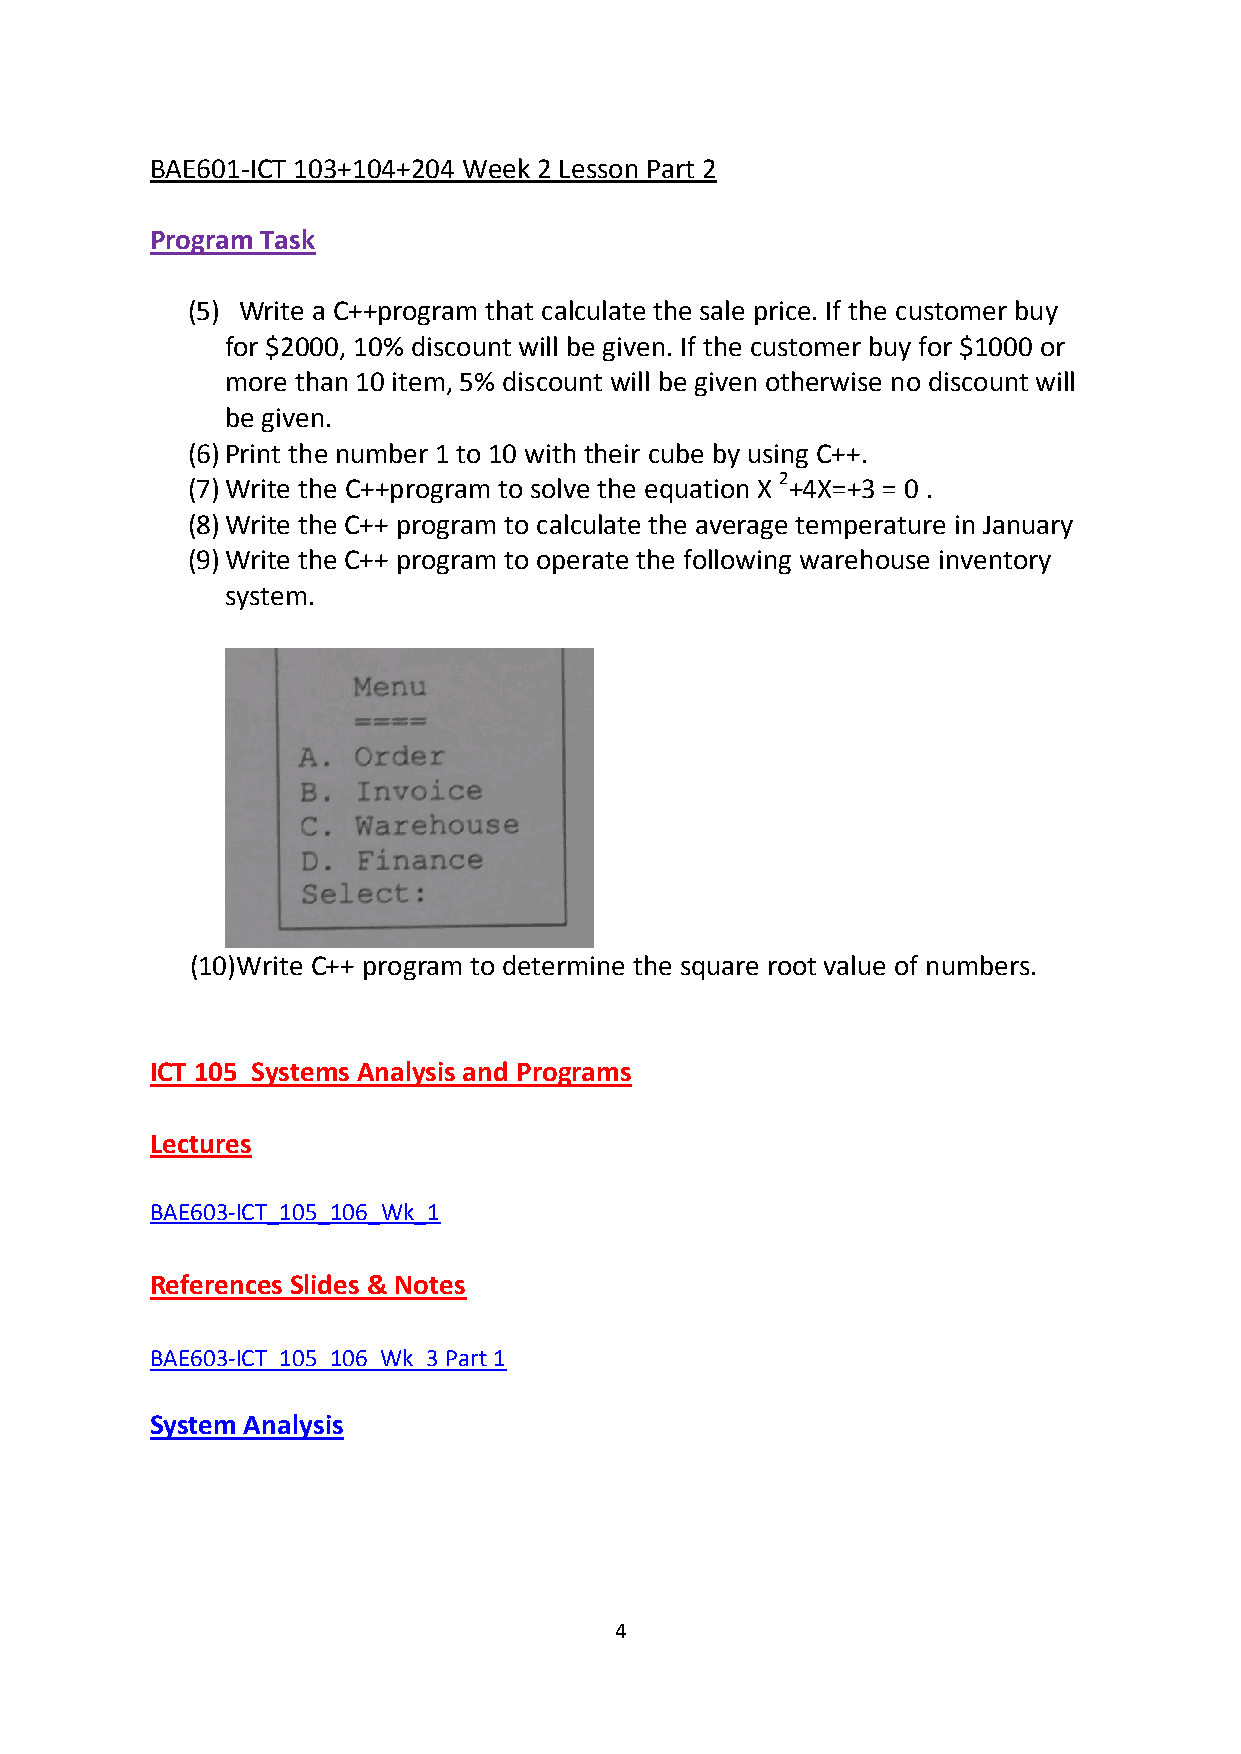
BAE601-ICT 103+104+204 Week 2 Lesson Part 2
 Program Task
 (5) Write a C++program that calculate the sale price. If the customer buy
 for $2000, 10% discount will be given. If the customer buy for $1000 or
 more than 10 item, 5% discount will be given otherwise no discount will
 be given.
 (6) Print the number 1 to 10 with their cube by using C++.
 (7) Write the C++program to solve the equation X 2+4X=+3 = 0 .
 (8) Write the C++ program to calculate the average temperature in January
 (9) Write the C++ program to operate the following warehouse inventory
 system.
 (10)Write C++ program to determine the square root value of numbers.
 ICT 105 Systems Analysis and Programs
 Lectures
 BAE603-ICT_105_106_Wk_1
 References Slides & Notes
 BAE603-ICT_105_106_Wk_3 Part 1
 System Analysis
 4